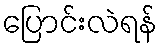
ပြောင်းလဲရန်